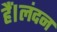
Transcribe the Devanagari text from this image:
हैं।लंदन